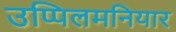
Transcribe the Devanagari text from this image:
उप्पिलमनियार